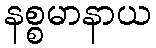
နစ္စမာနာယ